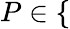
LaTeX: P\in\{